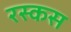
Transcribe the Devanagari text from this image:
रस्कस